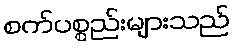
စက်ပစ္စည်းများသည်